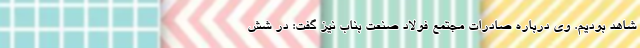
شاهد بوديم. وی درباره صادرات مجتمع فولاد صنعت بناب نیز گفت: در شش